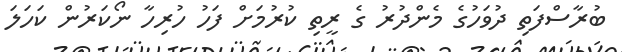
ބުރާސްފަތި ދުވަހުގެ މެންދުރު ގެ ރީތި ކުރުމަށް ފަހު ހުރިހާ ނޯކަރުން ކަހަލަ